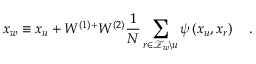
x _ { w } \equiv x _ { u } + W ^ { ( 1 ) + } W ^ { ( 2 ) } \frac { 1 } { N } \sum _ { r \in \mathcal { Z } _ { w } \backslash u } \psi \left( x _ { u } , x _ { r } \right) \quad .